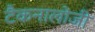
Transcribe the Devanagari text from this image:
टैकनालोजी